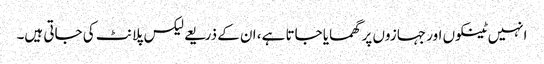
انہیں ٹینکوں اور جہازوں پر گھمایا جاتا ہے، ان کے ذریعے لیکس پلانٹ کی جاتی ہیں۔